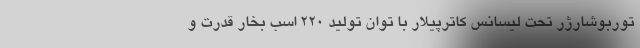
توربوشارژر تحت ليسانس كاترپيلار با توان توليد 220 اسب بخار قدرت و